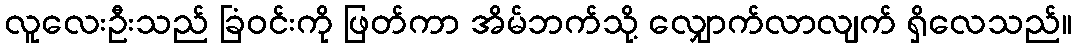
လူလေးဦးသည် ခြံဝင်းကို ဖြတ်ကာ အိမ်ဘက်သို့ လျှောက်လာလျက် ရှိလေသည်။